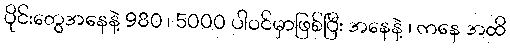
ပိုင်းတွေအနေနဲ့ 980 ၊ 5000 ပါဝင်မှာဖြစ်ပြီး အနေနဲ့ ၊ ကနေ အထိ